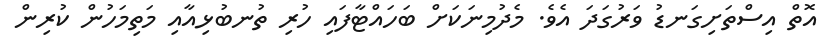
އޮތް އިސްތަށިގަނޑު ވަރުގަދަ އެވެ. މެދުމިނަކަށް ބަހައްޓާފައި ހުރި ތުނބުޅިއާއި މަތިމަހުން ކުރިން